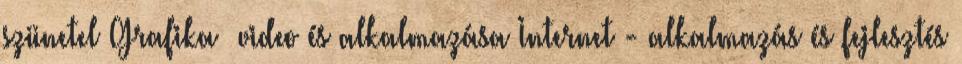
szünetel Grafika video és alkalmazása Internet - alkalmazás és fejlesztés